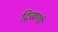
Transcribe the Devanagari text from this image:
द्विखण्डी